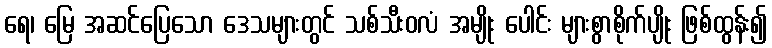
ရေ၊ မြေ အဆင်ပြေသော ဒေသများတွင် သစ်သီးဝလံ အမျိုး ပေါင်း များစွာစိုက်ပျိုး ဖြစ်ထွန်း၍